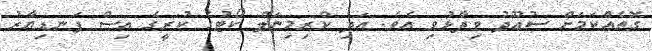
ގޮތެއްކަމަށް ސުއޫދު ވިދާޅުވި އެވެ. އަދި ކްރިމިނަލް ކޯޓުގެ ކުރީގެ އިސް ފަނޑިޔާރު